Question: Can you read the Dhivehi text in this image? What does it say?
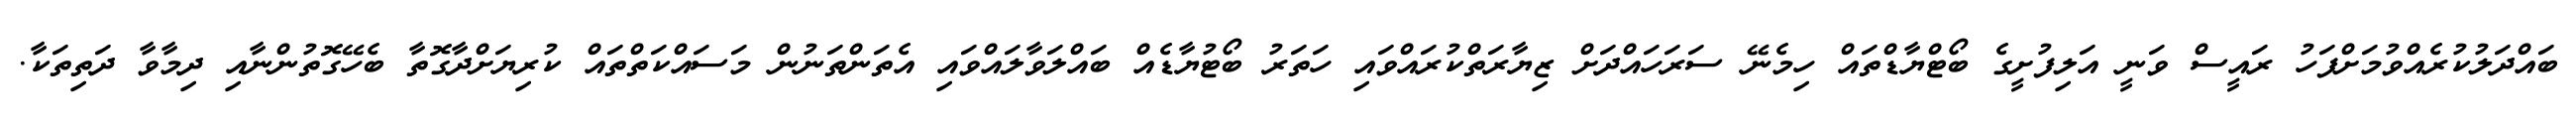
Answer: ބައްދަލުކުރެއްވުމަށްފަހު ރައީސް ވަނީ އަލިފުށީގެ ބޯޓްޔާޑްތައް ހިމެނޭ ސަރަހައްދަށް ޒިޔާރަތްކުރައްވައި ހަތަރު ބޯޓުޔާޑެއް ބައްލަވާލައްވައި އެތަންތަނުން މަސައްކަތްތައް ކުރިޔަށްދާގޮތާ ބެހޭގޮތުންނާއި ދިމާވާ ދަތިތަކާ.